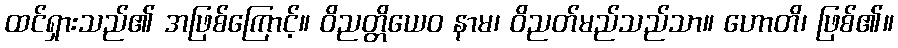
ထင်ရှားသည်၏ အဖြစ်ကြောင့်။ ဝိညတ္တိယေဝ နာမ၊ ဝိညတ်မည်သည်သာ။ ဟောတိ၊ ဖြစ်၏။